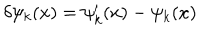
\delta \psi _ { k } ( x ) = \psi _ { k } ^ { \prime } ( x ) - \psi _ { k } ( x ) \,